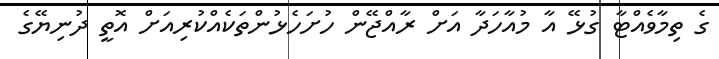
ގެ ތިމާވެއްޓާ ގުޅޭ އާ މުއާހަދާ އަށް ރާއްޖޭން ހުށަހެޅުންތަކެއްކުރިއަށް އޮތީ ދުނިޔޭގެ